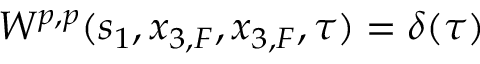
W ^ { p , p } ( s _ { 1 } , x _ { 3 , F } , x _ { 3 , F } , \tau ) = \delta ( \tau )